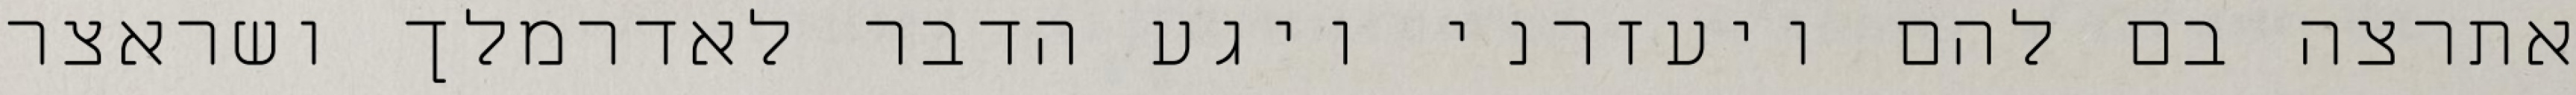
אתרצה בם להם ויעזרני ויגע הדבר לאדרמלך ושראצר